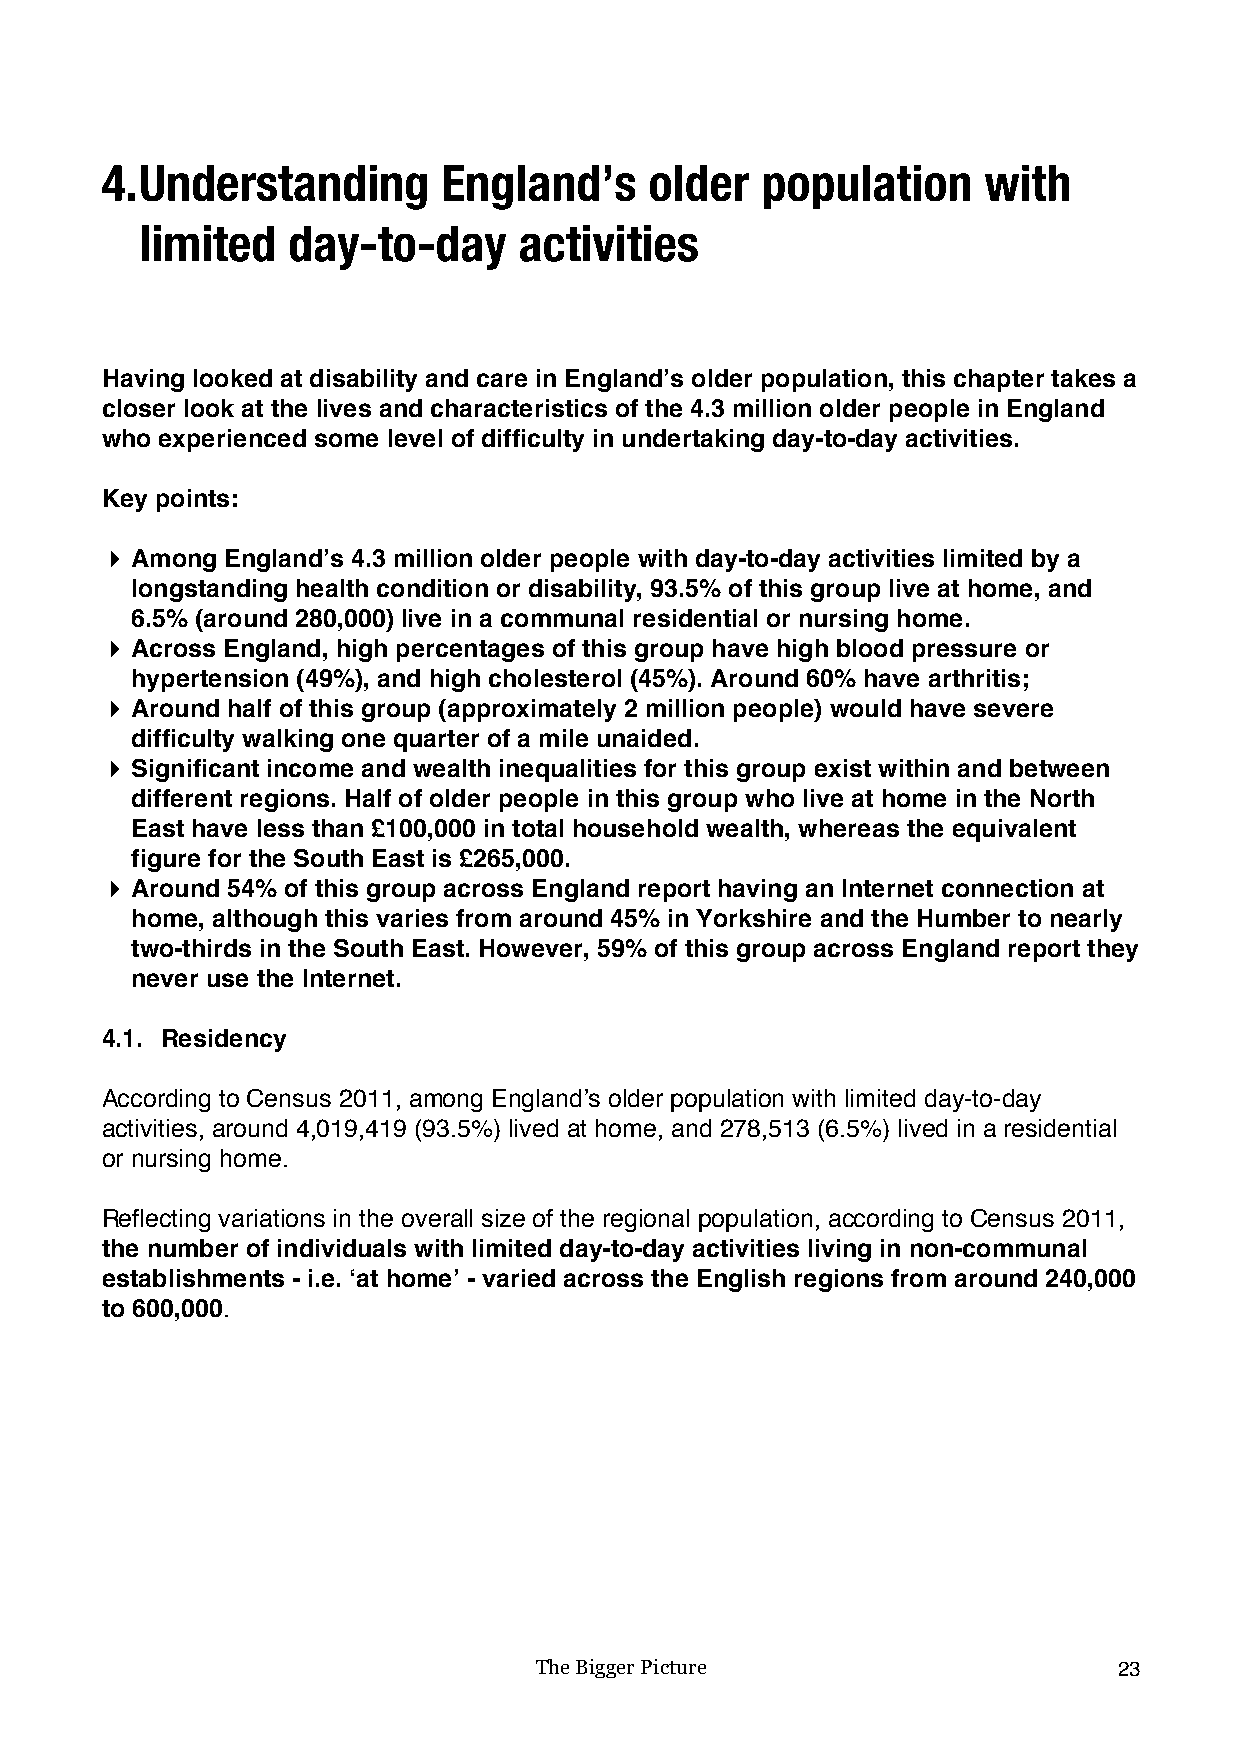
4. Understanding      England’s     older  population     with
 limited   day-to-day     activities
 Having looked at disability and care in England’s older population, this chapter takes a
 closer look at the lives and characteristics of the 4.3 million older people in England
 who experienced some level of difficulty in undertaking day-to-day activities.
 Key points:
 ! Among England’s 4.3 million older people with day-to-day activities limited by a
 longstanding health condition or disability, 93.5% of this group live at home, and
 6.5% (around 280,000) live in a communal residential or nursing home.
 ! Across England, high percentages of this group have high blood pressure or
 hypertension (49%), and high cholesterol (45%). Around 60% have arthritis;
 ! Around half of this group (approximately 2 million people) would have severe
 difficulty walking one quarter of a mile unaided.
 ! Significant income and wealth inequalities for this group exist within and between
 different regions. Half of older people in this group who live at home in the North
 East have less than £100,000 in total household wealth, whereas the equivalent
 figure for the South East is £265,000.
 ! Around 54% of this group across England report having an Internet connection at
 home, although this varies from around 45% in Yorkshire and the Humber to nearly
 two-thirds in the South East. However, 59% of this group across England report they
 never use the Internet.
 4.1. Residency
 According to Census 2011, among England’s older population with limited day-to-day
 activities, around 4,019,419 (93.5%) lived at home, and 278,513 (6.5%) lived in a residential
 or nursing home.
 Reflecting variations in the overall size of the regional population, according to Census 2011,
 the number of individuals with limited day-to-day activities living in non-communal
 establishments - i.e. ‘at home’ - varied across the English regions from around 240,000
 to 600,000.
 The Bigger Picture                     23